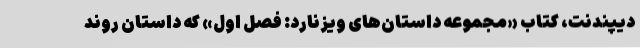
دیپندنت، کتاب «مجموعه داستان‌های ویزنارد: فصل اول» که داستان روند